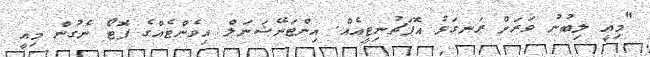
"މިއީ ލިބުނު ވަރަށް ރަނގަޅު އޮޕަޗުނިޓީއެއް. އިންޓަނޭޝަނަލް އިވެންޓެއްގެ ފޮޓޯ ނެގުން މިއީ